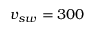
v _ { s w } = 3 0 0